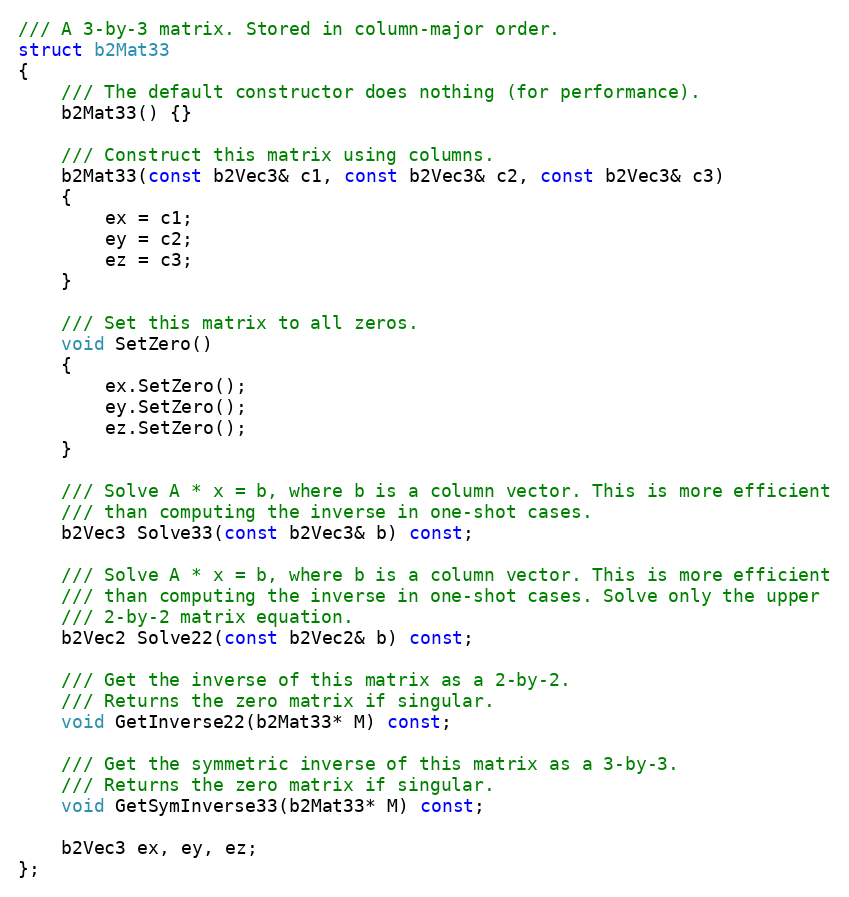
Language: C
/// A 3-by-3 matrix. Stored in column-major order.
struct b2Mat33
{
	/// The default constructor does nothing (for performance).
	b2Mat33() {}

	/// Construct this matrix using columns.
	b2Mat33(const b2Vec3& c1, const b2Vec3& c2, const b2Vec3& c3)
	{
		ex = c1;
		ey = c2;
		ez = c3;
	}

	/// Set this matrix to all zeros.
	void SetZero()
	{
		ex.SetZero();
		ey.SetZero();
		ez.SetZero();
	}

	/// Solve A * x = b, where b is a column vector. This is more efficient
	/// than computing the inverse in one-shot cases.
	b2Vec3 Solve33(const b2Vec3& b) const;

	/// Solve A * x = b, where b is a column vector. This is more efficient
	/// than computing the inverse in one-shot cases. Solve only the upper
	/// 2-by-2 matrix equation.
	b2Vec2 Solve22(const b2Vec2& b) const;

	/// Get the inverse of this matrix as a 2-by-2.
	/// Returns the zero matrix if singular.
	void GetInverse22(b2Mat33* M) const;

	/// Get the symmetric inverse of this matrix as a 3-by-3.
	/// Returns the zero matrix if singular.
	void GetSymInverse33(b2Mat33* M) const;

	b2Vec3 ex, ey, ez;
};